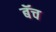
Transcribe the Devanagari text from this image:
बॅच